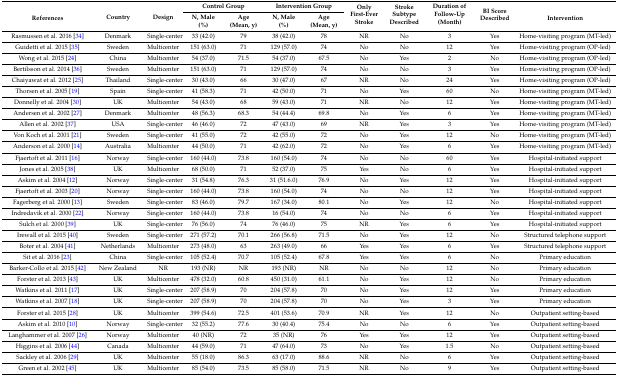
<table><thead><tr><td rowspan="2"><b>References</b></td><td rowspan="2"><b>Country</b></td><td rowspan="2"><b>Design</b></td><td colspan="2"><b>Control Group</b></td><td colspan="2"><b>Intervention Group</b></td><td rowspan="2"><b>Only First-Ever Stroke</b></td><td rowspan="2"><b>Stroke Subtype Described</b></td><td rowspan="2"><b>Duration of Follow-Up (Month)</b></td><td rowspan="2"><b>BI Score Described</b></td><td rowspan="2"><b>Intervention</b></td></tr><tr><td><b>N, Male (%)</b></td><td><b>Age (Mean, y)</b></td><td><b>N, Male (%)</b></td><td><b>Age (Mean, y)</b></td></tr></thead><tbody><tr><td>Rasmussen et al. 2016 [34]</td><td>Denmark</td><td>Single-center</td><td>33 (42.0)</td><td>79</td><td>38 (42.0)</td><td>78</td><td>NR</td><td>No</td><td>3</td><td>Yes</td><td>Home-visiting program (MT-led)</td></tr><tr><td>Guidetti et al. 2015 [35]</td><td>Sweden</td><td>Multicenter</td><td>151 (63.0)</td><td>71</td><td>129 (57.0)</td><td>74</td><td>No</td><td>No</td><td>12</td><td>Yes</td><td>Home-visiting program (OP-led)</td></tr><tr><td>Wong et al. 2015 [24]</td><td>China</td><td>Multicenter</td><td>54 (37.0)</td><td>71.5</td><td>54 (37.0)</td><td>67.5</td><td>No</td><td>Yes</td><td>2</td><td>No</td><td>Home-visiting program (OP-led)</td></tr><tr><td>Bertilsson et al. 2014 [36]</td><td>Sweden</td><td>Multicenter</td><td>151 (63.0)</td><td>71</td><td>129 (57.0)</td><td>74</td><td>No</td><td>No</td><td>3</td><td>Yes</td><td>Home-visiting program (OP-led)</td></tr><tr><td>Chaiyawat et al. 2012 [25]</td><td>Thailand</td><td>Single-center</td><td>30 (43.0)</td><td>66</td><td>30 (47.0)</td><td>67</td><td>NR</td><td>No</td><td>24</td><td>Yes</td><td>Home-visiting program (OP-led)</td></tr><tr><td>Thorsen et al. 2005 [19]</td><td>Spain</td><td>Single-center</td><td>41 (58.3)</td><td>71</td><td>42 (50.0)</td><td>71</td><td>No</td><td>Yes</td><td>60</td><td>No</td><td>Home-visiting program (MT-led)</td></tr><tr><td>Donnelly et al. 2004 [30]</td><td>UK</td><td>Multicenter</td><td>54 (43.0)</td><td>68</td><td>59 (43.0)</td><td>71</td><td>NR</td><td>No</td><td>12</td><td>Yes</td><td>Home-visiting program (MT-led)</td></tr><tr><td>Andersen et al. 2002 [27]</td><td>Denmark</td><td>Multicenter</td><td>48 (56.3)</td><td>68.3</td><td>54 (44.4)</td><td>69.8</td><td>No</td><td>Yes</td><td>6</td><td>Yes</td><td>Home-visiting program (MT-led)</td></tr><tr><td>Allen et al. 2002 [37]</td><td>USA</td><td>Single-center</td><td>46 (46.0)</td><td>72</td><td>47 (43.0)</td><td>69</td><td>NR</td><td>Yes</td><td>3</td><td>Yes</td><td>Home-visiting program (MT-led)</td></tr><tr><td>Von Koch et al. 2001 [21]</td><td>Sweden</td><td>Single-center</td><td>41 (55.0)</td><td>72</td><td>42 (55.0)</td><td>72</td><td>No</td><td>Yes</td><td>12</td><td>No</td><td>Home-visiting program (MT-led)</td></tr><tr><td>Anderson et al. 2000 [14]</td><td>Australia</td><td>Multicenter</td><td>44 (50.0)</td><td>71</td><td>42 (62.0)</td><td>72</td><td>No</td><td>Yes</td><td>6</td><td>Yes</td><td>Home-visiting program (MT-led)</td></tr><tr><td>Fjaertoft et al. 2011 [16]</td><td>Norway</td><td>Single-center</td><td>160 (44.0)</td><td>73.8</td><td>160 (54.0)</td><td>74</td><td>No</td><td>No</td><td>60</td><td>Yes</td><td>Hospital-initiated support</td></tr><tr><td>Jones et al. 2005 [38]</td><td>UK</td><td>Multicenter</td><td>68 (50.0)</td><td>71</td><td>52 (37.0)</td><td>75</td><td>Yes</td><td>No</td><td>6</td><td>Yes</td><td>Hospital-initiated support</td></tr><tr><td>Askim et al. 2004 [12]</td><td>Norway</td><td>Single-center</td><td>31 (54.8)</td><td>76.3</td><td>31 (51.6.0)</td><td>76.9</td><td>No</td><td>Yes</td><td>12</td><td>Yes</td><td>Hospital-initiated support</td></tr><tr><td>Fjaertoft et al. 2003 [20]</td><td>Norway</td><td>Single-center</td><td>160 (44.0)</td><td>73.8</td><td>160 (54.0)</td><td>74</td><td>No</td><td>No</td><td>12</td><td>Yes</td><td>Hospital-initiated support</td></tr><tr><td>Fagerberg et al. 2000 [13]</td><td>Sweden</td><td>Single-center</td><td>83 (46.0)</td><td>79.7</td><td>167 (34.0)</td><td>80.1</td><td>No</td><td>Yes</td><td>12</td><td>No</td><td>Hospital-initiated support</td></tr><tr><td>Indredavik et al. 2000 [22]</td><td>Norway</td><td>Single-center</td><td>160 (44.0)</td><td>73.8</td><td>16 (54.0)</td><td>74</td><td>No</td><td>No</td><td>6</td><td>Yes</td><td>Hospital-initiated support</td></tr><tr><td>Sulch et al. 2000 [39]</td><td>UK</td><td>Single-center</td><td>76 (56.0)</td><td>74</td><td>76 (46.0)</td><td>75</td><td>NR</td><td>Yes</td><td>6</td><td>Yes</td><td>Hospital-initiated support</td></tr><tr><td>Irewall et al. 2015 [40]</td><td>Sweden</td><td>Single-center</td><td>271 (57.2)</td><td>70.1</td><td>266 (56.8)</td><td>71.5</td><td>No</td><td>Yes</td><td>12</td><td>No</td><td>Structured telephone support</td></tr><tr><td>Boter et al. 2004 [41]</td><td>Netherlands</td><td>Multicenter</td><td>273 (48.0)</td><td>63</td><td>263 (49.0)</td><td>66</td><td>Yes</td><td>Yes</td><td>6</td><td>Yes</td><td>Structured telephone support</td></tr><tr><td>Sit et al. 2016 [23]</td><td>China</td><td>Single-center</td><td>105 (52.4)</td><td>70.7</td><td>105 (52.4)</td><td>67.8</td><td>Yes</td><td>Yes</td><td>6</td><td>No</td><td>Primary education</td></tr><tr><td>Barker-Collo et al. 2015 [42]</td><td>New Zealand</td><td>NR</td><td>193 (NR)</td><td>NR</td><td>193 (NR)</td><td>NR</td><td>No</td><td>No</td><td>12</td><td>No</td><td>Primary education</td></tr><tr><td>Forster et al. 2013 [43]</td><td>UK</td><td>Multicenter</td><td>478 (32.0)</td><td>60.8</td><td>450 (31.0)</td><td>61.1</td><td>No</td><td>Yes</td><td>12</td><td>No</td><td>Primary education</td></tr><tr><td>Watkins et al. 2011 [17]</td><td>UK</td><td>Single-center</td><td>207 (58.9)</td><td>70</td><td>204 (57.8)</td><td>70</td><td>No</td><td>Yes</td><td>12</td><td>Yes</td><td>Primary education</td></tr><tr><td>Watkins et al. 2007 [18]</td><td>UK</td><td>Single-center</td><td>207 (58.9)</td><td>70</td><td>204 (57.8)</td><td>70</td><td>No</td><td>Yes</td><td>3</td><td>Yes</td><td>Primary education</td></tr><tr><td>Forster et al. 2015 [28]</td><td>UK</td><td>Multicenter</td><td>399 (54.6)</td><td>72.5</td><td>401 (53.6)</td><td>70.9</td><td>NR</td><td>Yes</td><td>12</td><td>No</td><td>Outpatient setting-based</td></tr><tr><td>Askim et al. 2010 [10]</td><td>Norway</td><td>Single-center</td><td>32 (55.2)</td><td>77.6</td><td>30 (40.4)</td><td>75.4</td><td>No</td><td>No</td><td>6</td><td>Yes</td><td>Outpatient setting-based</td></tr><tr><td>Langhammer et al. 2007 [26]</td><td>Norway</td><td>Multicenter</td><td>40 (NR)</td><td>72</td><td>35 (NR)</td><td>76</td><td>Yes</td><td>Yes</td><td>12</td><td>Yes</td><td>Outpatient setting-based</td></tr><tr><td>Higgins et al. 2006 [44]</td><td>Canada</td><td>Multicenter</td><td>44 (59.0)</td><td>71</td><td>47 (64.0)</td><td>73</td><td>No</td><td>Yes</td><td>1.5</td><td>No</td><td>Outpatient setting-based</td></tr><tr><td>Sackley et al. 2006 [29]</td><td>UK</td><td>Multicenter</td><td>55 (18.0)</td><td>86.3</td><td>63 (17.0)</td><td>88.6</td><td>NR</td><td>No</td><td>6</td><td>Yes</td><td>Outpatient setting-based</td></tr><tr><td>Green et al. 2002 [45]</td><td>UK</td><td>Multicenter</td><td>85 (54.0)</td><td>73.5</td><td>85 (58.0)</td><td>71.5</td><td>NR</td><td>No</td><td>9</td><td>Yes</td><td>Outpatient setting-based</td></tr></tbody></table>